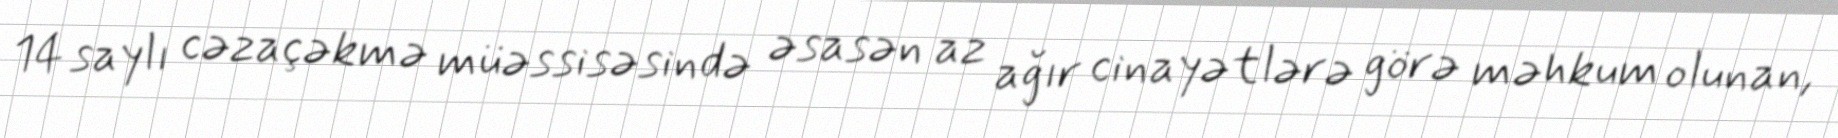
14 saylı cəzaçəkmə müəssisəsində əsasən az ağır cinayətlərə görə məhkum olunan,